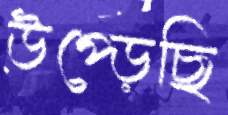
উপ্‌ড়েছি